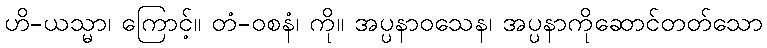
ဟိ-ယသ္မာ၊ ကြောင့်။ တံ-ဝစနံ၊ ကို။ အပ္ပနာဝသေန၊ အပ္ပနာကိုဆောင်တတ်သော